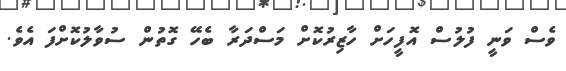
ވެސް ވަނީ ފުލުސް އޮފީހަށް ހާޒިރުކޮށް މަސްދަރާ ބެހޭ ގޮތުން ސުވާލުކޮށްފަ އެވެ.